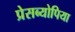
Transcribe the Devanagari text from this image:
प्रेसब्योपिया